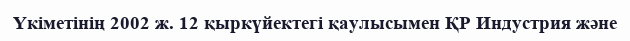
Үкіметінің 2002 ж. 12 қыркүйектегі қаулысымен ҚР Индустрия және